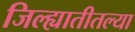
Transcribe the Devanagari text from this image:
जिल्ह्यातीतल्या